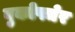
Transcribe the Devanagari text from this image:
बुकोफ्जेर